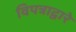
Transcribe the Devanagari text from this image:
विपत्राद्वारे